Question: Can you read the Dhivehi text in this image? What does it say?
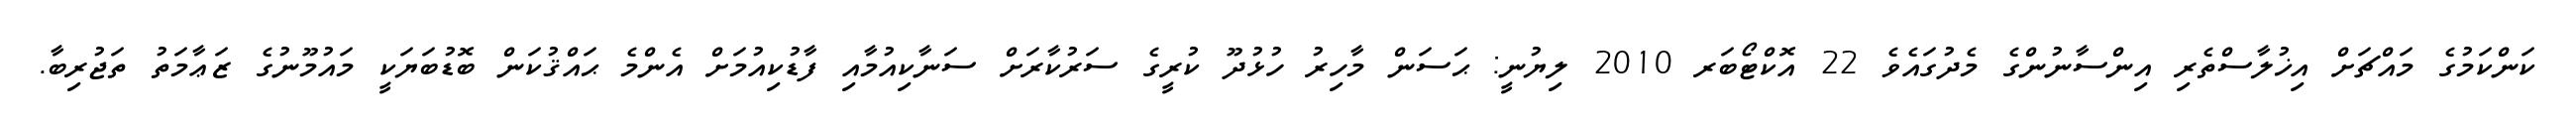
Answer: ކަންކަމުގެ މައްޗަށް އިޚުލާސްތެރި އިންސާނުންގެ މެދުގައެވެ 22 އޮކްޓޯބަރ 2010 ލިޔުނީ: ޙަސަން މާހިރު ހުޅުދޫ ކުރީގެ ސަރުކާރަށް ސަނާކިއުމާއި ފާޑުކިއުމަށް އެންމެ ޙައްޤުކަން ބޮޑުބަޔަކީ މައުމޫނުގެ ޒަޢާމަތު ތަޖުރިބާ.